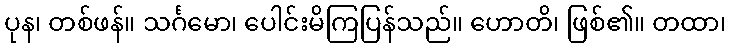
ပုန၊ တစ်ဖန်။ သင်္ဂမော၊ ပေါင်းမိကြပြန်သည်။ ဟောတိ၊ ဖြစ်၏။ တထာ၊